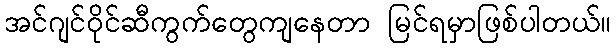
အင်ဂျင်ဝိုင်ဆီကွက်တွေကျနေတာ မြင်ရမှာဖြစ်ပါတယ်။